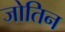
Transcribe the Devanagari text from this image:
जोतिन